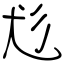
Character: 尨